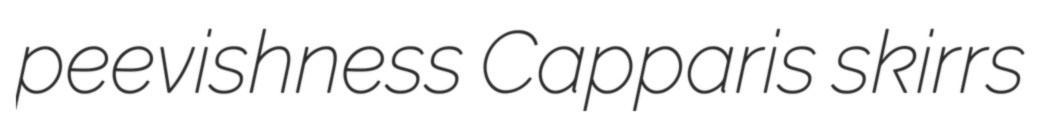
peevishness Capparis skirrs